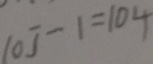
1 0 5 - 1 = 1 0 4